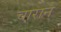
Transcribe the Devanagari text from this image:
चाराने